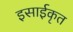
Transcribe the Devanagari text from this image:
इसाईकृत